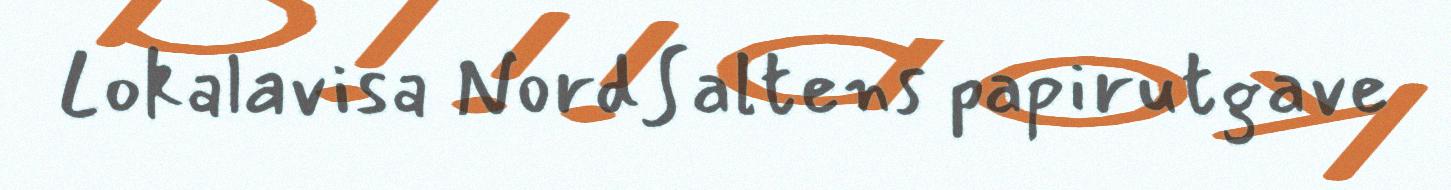
Lokalavisa NordSaltens papirutgave